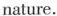
nature.